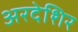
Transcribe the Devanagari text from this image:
अरदेशिर